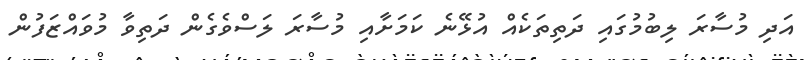
އަދި މުސާރަ ލިބުމުގައި ދަތިތަކެއް އުޅޭނެ ކަމަށާއި މުސާރަ ލަސްވެގެން ދަތިވާ މުވައްޒަފުން